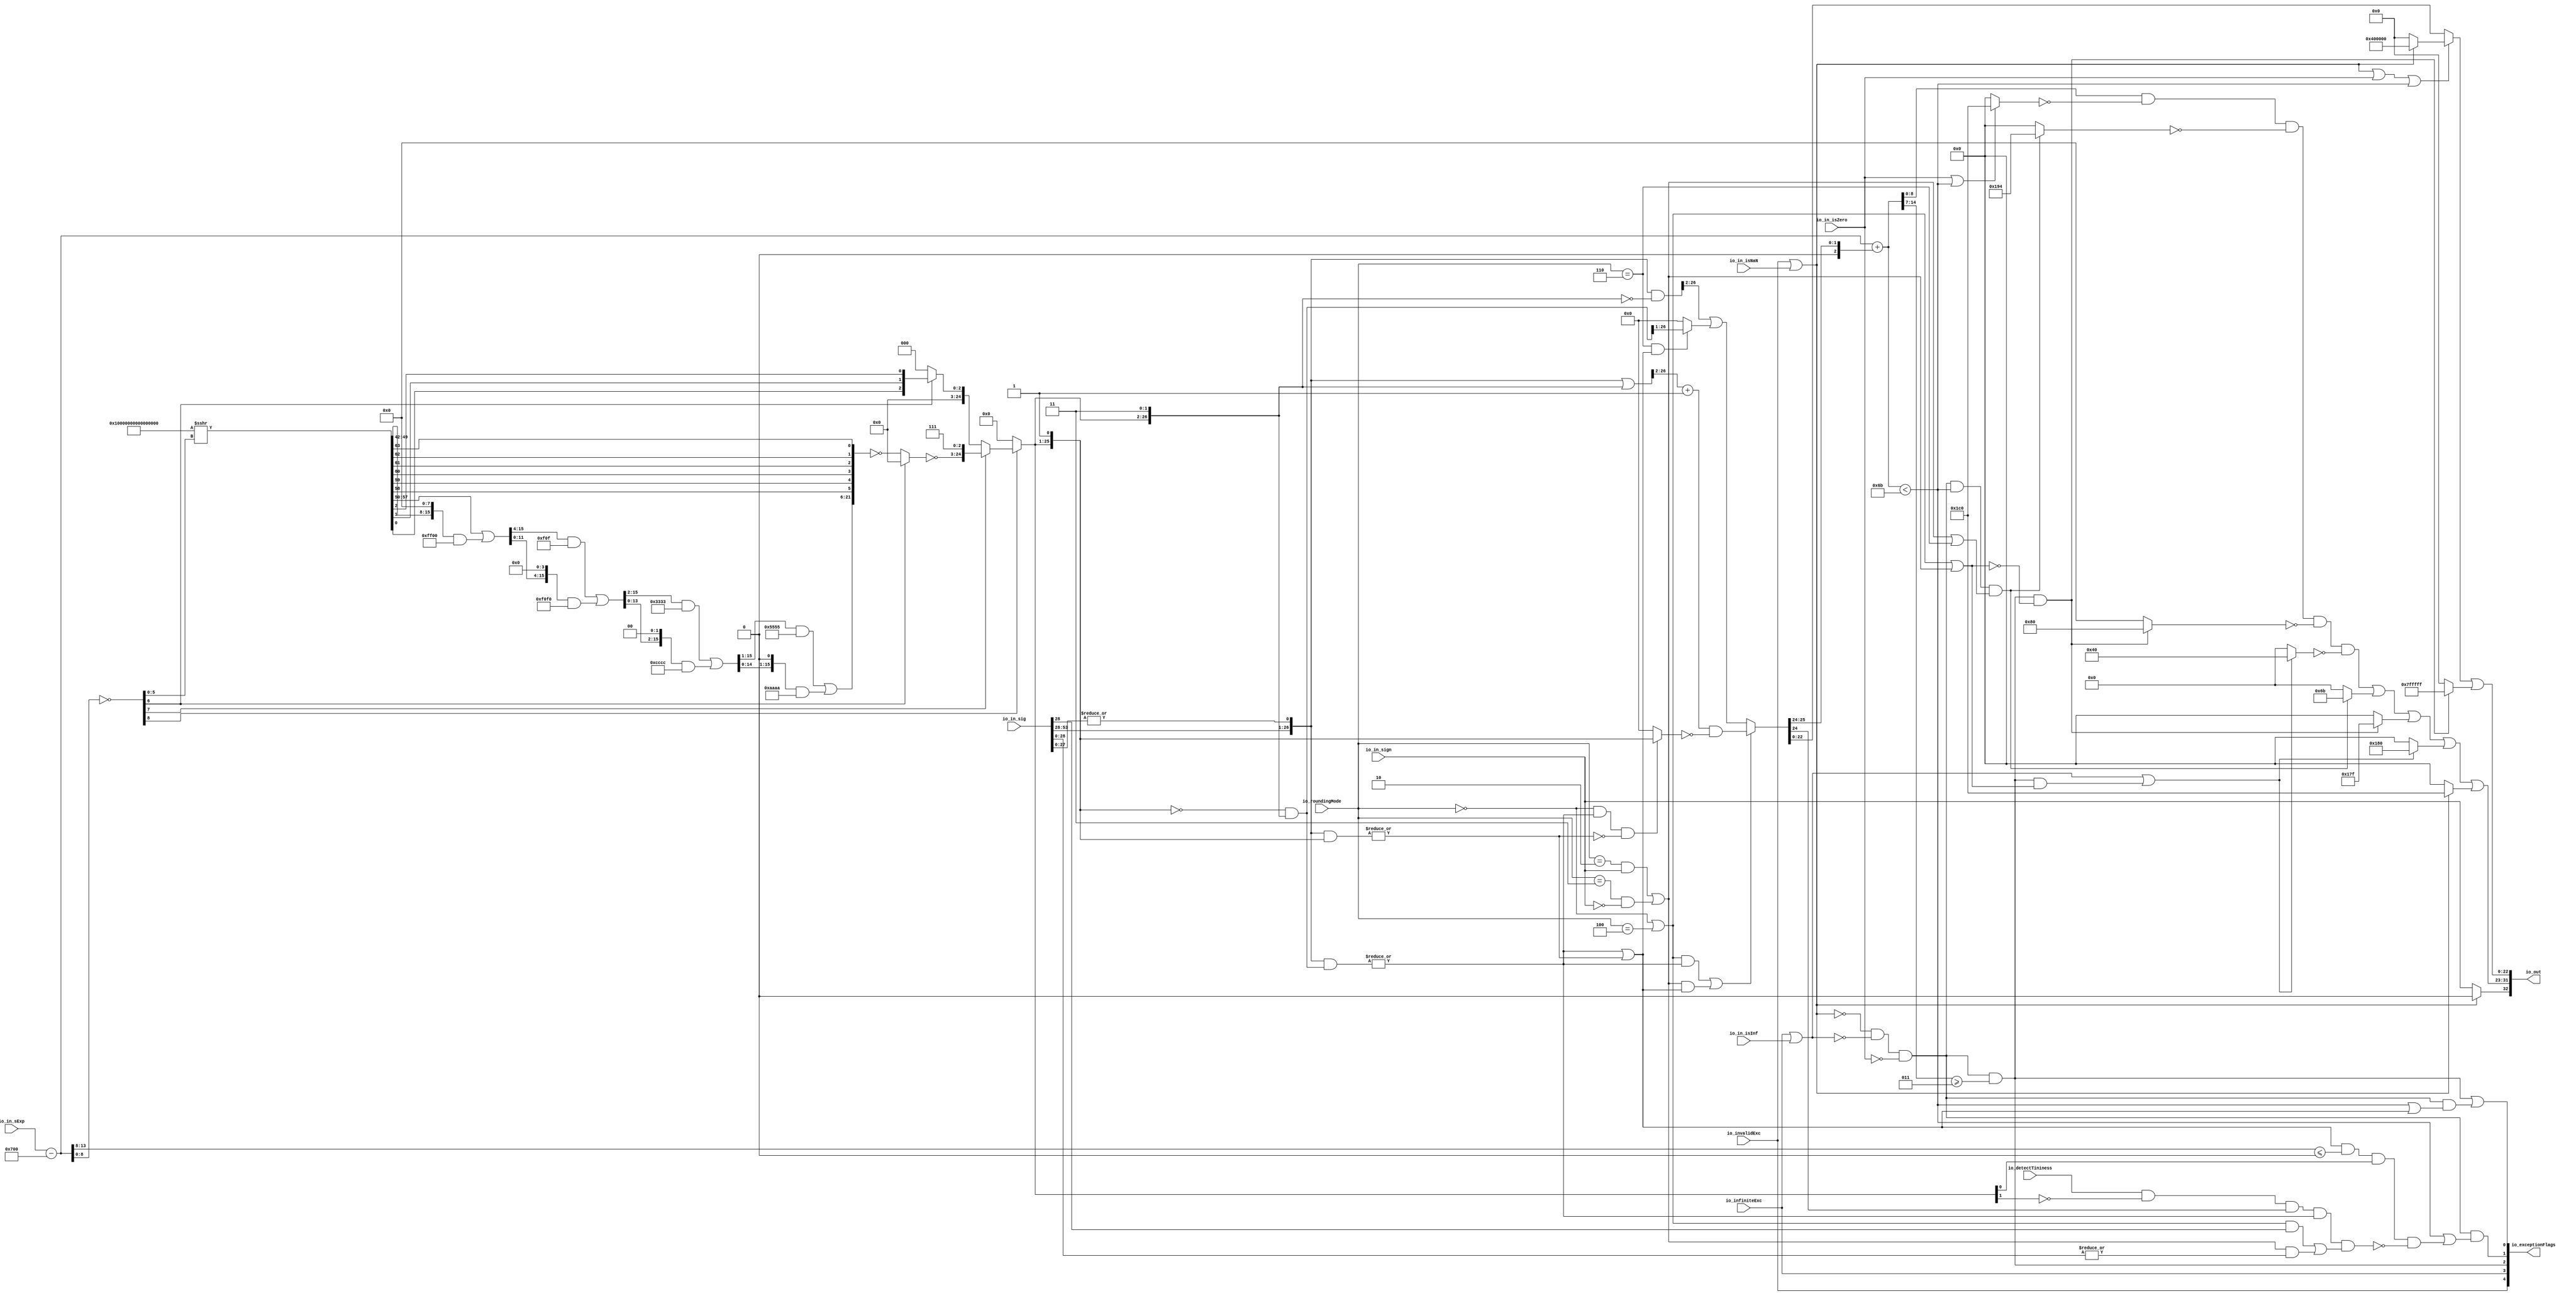
module RoundAnyRawFNToRecFN_4(
  input         io_invalidExc,
  input         io_infiniteExc,
  input         io_in_isNaN,
  input         io_in_isInf,
  input         io_in_isZero,
  input         io_in_sign,
  input  [12:0] io_in_sExp,
  input  [53:0] io_in_sig,
  input  [2:0]  io_roundingMode,
  input         io_detectTininess,
  output [32:0] io_out,
  output [4:0]  io_exceptionFlags
);
  wire  roundingMode_near_even = io_roundingMode == 3'h0; // @[RoundAnyRawFNToRecFN.scala 88:53]
  wire  roundingMode_min = io_roundingMode == 3'h2; // @[RoundAnyRawFNToRecFN.scala 90:53]
  wire  roundingMode_max = io_roundingMode == 3'h3; // @[RoundAnyRawFNToRecFN.scala 91:53]
  wire  roundingMode_near_maxMag = io_roundingMode == 3'h4; // @[RoundAnyRawFNToRecFN.scala 92:53]
  wire  roundingMode_odd = io_roundingMode == 3'h6; // @[RoundAnyRawFNToRecFN.scala 93:53]
  wire  roundMagUp = roundingMode_min & io_in_sign | roundingMode_max & ~io_in_sign; // @[RoundAnyRawFNToRecFN.scala 96:42]
  wire [13:0] sAdjustedExp = $signed(io_in_sExp) - 13'sh700; // @[RoundAnyRawFNToRecFN.scala 108:24]
  wire [25:0] adjustedSig_hi = io_in_sig[53:28]; // @[RoundAnyRawFNToRecFN.scala 114:26]
  wire  adjustedSig_lo = |io_in_sig[27:0]; // @[RoundAnyRawFNToRecFN.scala 115:60]
  wire [26:0] adjustedSig = {adjustedSig_hi,adjustedSig_lo}; // @[Cat.scala 30:58]
  wire [8:0] _roundMask_T_1 = ~sAdjustedExp[8:0]; // @[primitives.scala 51:21]
  wire  roundMask_msb = _roundMask_T_1[8]; // @[primitives.scala 57:25]
  wire [7:0] roundMask_lsbs = _roundMask_T_1[7:0]; // @[primitives.scala 58:26]
  wire  roundMask_msb_1 = roundMask_lsbs[7]; // @[primitives.scala 57:25]
  wire [6:0] roundMask_lsbs_1 = roundMask_lsbs[6:0]; // @[primitives.scala 58:26]
  wire  roundMask_msb_2 = roundMask_lsbs_1[6]; // @[primitives.scala 57:25]
  wire [5:0] roundMask_lsbs_2 = roundMask_lsbs_1[5:0]; // @[primitives.scala 58:26]
  wire [64:0] roundMask_shift = 65'sh10000000000000000 >>> roundMask_lsbs_2; // @[primitives.scala 77:58]
  wire [15:0] _roundMask_T_7 = {{8'd0}, roundMask_shift[57:50]}; // @[Bitwise.scala 103:31]
  wire [15:0] _roundMask_T_9 = {roundMask_shift[49:42], 8'h0}; // @[Bitwise.scala 103:65]
  wire [15:0] _roundMask_T_11 = _roundMask_T_9 & 16'hff00; // @[Bitwise.scala 103:75]
  wire [15:0] _roundMask_T_12 = _roundMask_T_7 | _roundMask_T_11; // @[Bitwise.scala 103:39]
  wire [15:0] _GEN_0 = {{4'd0}, _roundMask_T_12[15:4]}; // @[Bitwise.scala 103:31]
  wire [15:0] _roundMask_T_17 = _GEN_0 & 16'hf0f; // @[Bitwise.scala 103:31]
  wire [15:0] _roundMask_T_19 = {_roundMask_T_12[11:0], 4'h0}; // @[Bitwise.scala 103:65]
  wire [15:0] _roundMask_T_21 = _roundMask_T_19 & 16'hf0f0; // @[Bitwise.scala 103:75]
  wire [15:0] _roundMask_T_22 = _roundMask_T_17 | _roundMask_T_21; // @[Bitwise.scala 103:39]
  wire [15:0] _GEN_1 = {{2'd0}, _roundMask_T_22[15:2]}; // @[Bitwise.scala 103:31]
  wire [15:0] _roundMask_T_27 = _GEN_1 & 16'h3333; // @[Bitwise.scala 103:31]
  wire [15:0] _roundMask_T_29 = {_roundMask_T_22[13:0], 2'h0}; // @[Bitwise.scala 103:65]
  wire [15:0] _roundMask_T_31 = _roundMask_T_29 & 16'hcccc; // @[Bitwise.scala 103:75]
  wire [15:0] _roundMask_T_32 = _roundMask_T_27 | _roundMask_T_31; // @[Bitwise.scala 103:39]
  wire [15:0] _GEN_2 = {{1'd0}, _roundMask_T_32[15:1]}; // @[Bitwise.scala 103:31]
  wire [15:0] _roundMask_T_37 = _GEN_2 & 16'h5555; // @[Bitwise.scala 103:31]
  wire [15:0] _roundMask_T_39 = {_roundMask_T_32[14:0], 1'h0}; // @[Bitwise.scala 103:65]
  wire [15:0] _roundMask_T_41 = _roundMask_T_39 & 16'haaaa; // @[Bitwise.scala 103:75]
  wire [15:0] roundMask_hi = _roundMask_T_37 | _roundMask_T_41; // @[Bitwise.scala 103:39]
  wire  roundMask_hi_1 = roundMask_shift[58]; // @[Bitwise.scala 109:18]
  wire  roundMask_lo = roundMask_shift[59]; // @[Bitwise.scala 109:44]
  wire  roundMask_hi_3 = roundMask_shift[60]; // @[Bitwise.scala 109:18]
  wire  roundMask_lo_1 = roundMask_shift[61]; // @[Bitwise.scala 109:44]
  wire  roundMask_hi_5 = roundMask_shift[62]; // @[Bitwise.scala 109:18]
  wire  roundMask_lo_3 = roundMask_shift[63]; // @[Bitwise.scala 109:44]
  wire [21:0] _roundMask_T_47 = {roundMask_hi,roundMask_hi_1,roundMask_lo,roundMask_hi_3,roundMask_lo_1,roundMask_hi_5,
    roundMask_lo_3}; // @[Cat.scala 30:58]
  wire [21:0] _roundMask_T_48 = ~_roundMask_T_47; // @[primitives.scala 74:36]
  wire [21:0] _roundMask_T_49 = roundMask_msb_2 ? 22'h0 : _roundMask_T_48; // @[primitives.scala 74:21]
  wire [21:0] roundMask_hi_6 = ~_roundMask_T_49; // @[primitives.scala 74:17]
  wire [24:0] _roundMask_T_50 = {roundMask_hi_6,3'h7}; // @[Cat.scala 30:58]
  wire  roundMask_hi_7 = roundMask_shift[0]; // @[Bitwise.scala 109:18]
  wire  roundMask_lo_6 = roundMask_shift[1]; // @[Bitwise.scala 109:44]
  wire  roundMask_lo_7 = roundMask_shift[2]; // @[Bitwise.scala 109:44]
  wire [2:0] _roundMask_T_53 = {roundMask_hi_7,roundMask_lo_6,roundMask_lo_7}; // @[Cat.scala 30:58]
  wire [2:0] _roundMask_T_54 = roundMask_msb_2 ? _roundMask_T_53 : 3'h0; // @[primitives.scala 61:24]
  wire [24:0] _roundMask_T_55 = roundMask_msb_1 ? _roundMask_T_50 : {{22'd0}, _roundMask_T_54}; // @[primitives.scala 66:24]
  wire [24:0] roundMask_hi_9 = roundMask_msb ? _roundMask_T_55 : 25'h0; // @[primitives.scala 61:24]
  wire [26:0] roundMask = {roundMask_hi_9,2'h3}; // @[Cat.scala 30:58]
  wire [25:0] shiftedRoundMask_lo = roundMask[26:1]; // @[RoundAnyRawFNToRecFN.scala 160:57]
  wire [26:0] shiftedRoundMask = {1'h0,shiftedRoundMask_lo}; // @[Cat.scala 30:58]
  wire [26:0] _roundPosMask_T = ~shiftedRoundMask; // @[RoundAnyRawFNToRecFN.scala 161:28]
  wire [26:0] roundPosMask = _roundPosMask_T & roundMask; // @[RoundAnyRawFNToRecFN.scala 161:46]
  wire [26:0] _roundPosBit_T = adjustedSig & roundPosMask; // @[RoundAnyRawFNToRecFN.scala 162:40]
  wire  roundPosBit = |_roundPosBit_T; // @[RoundAnyRawFNToRecFN.scala 162:56]
  wire [26:0] _anyRoundExtra_T = adjustedSig & shiftedRoundMask; // @[RoundAnyRawFNToRecFN.scala 163:42]
  wire  anyRoundExtra = |_anyRoundExtra_T; // @[RoundAnyRawFNToRecFN.scala 163:62]
  wire  anyRound = roundPosBit | anyRoundExtra; // @[RoundAnyRawFNToRecFN.scala 164:36]
  wire  _roundIncr_T = roundingMode_near_even | roundingMode_near_maxMag; // @[RoundAnyRawFNToRecFN.scala 167:38]
  wire  _roundIncr_T_1 = (roundingMode_near_even | roundingMode_near_maxMag) & roundPosBit; // @[RoundAnyRawFNToRecFN.scala 167:67]
  wire  _roundIncr_T_2 = roundMagUp & anyRound; // @[RoundAnyRawFNToRecFN.scala 169:29]
  wire  roundIncr = _roundIncr_T_1 | _roundIncr_T_2; // @[RoundAnyRawFNToRecFN.scala 168:31]
  wire [26:0] _roundedSig_T = adjustedSig | roundMask; // @[RoundAnyRawFNToRecFN.scala 172:32]
  wire [25:0] _roundedSig_T_2 = _roundedSig_T[26:2] + 25'h1; // @[RoundAnyRawFNToRecFN.scala 172:49]
  wire  _roundedSig_T_4 = ~anyRoundExtra; // @[RoundAnyRawFNToRecFN.scala 174:30]
  wire [25:0] _roundedSig_T_7 = roundingMode_near_even & roundPosBit & _roundedSig_T_4 ? shiftedRoundMask_lo : 26'h0; // @[RoundAnyRawFNToRecFN.scala 173:25]
  wire [25:0] _roundedSig_T_8 = ~_roundedSig_T_7; // @[RoundAnyRawFNToRecFN.scala 173:21]
  wire [25:0] _roundedSig_T_9 = _roundedSig_T_2 & _roundedSig_T_8; // @[RoundAnyRawFNToRecFN.scala 172:61]
  wire [26:0] _roundedSig_T_10 = ~roundMask; // @[RoundAnyRawFNToRecFN.scala 178:32]
  wire [26:0] _roundedSig_T_11 = adjustedSig & _roundedSig_T_10; // @[RoundAnyRawFNToRecFN.scala 178:30]
  wire [25:0] _roundedSig_T_15 = roundingMode_odd & anyRound ? roundPosMask[26:1] : 26'h0; // @[RoundAnyRawFNToRecFN.scala 179:24]
  wire [25:0] _GEN_3 = {{1'd0}, _roundedSig_T_11[26:2]}; // @[RoundAnyRawFNToRecFN.scala 178:47]
  wire [25:0] _roundedSig_T_16 = _GEN_3 | _roundedSig_T_15; // @[RoundAnyRawFNToRecFN.scala 178:47]
  wire [25:0] roundedSig = roundIncr ? _roundedSig_T_9 : _roundedSig_T_16; // @[RoundAnyRawFNToRecFN.scala 171:16]
  wire [2:0] _sRoundedExp_T_1 = {1'b0,$signed(roundedSig[25:24])}; // @[RoundAnyRawFNToRecFN.scala 183:69]
  wire [13:0] _GEN_4 = {{11{_sRoundedExp_T_1[2]}},_sRoundedExp_T_1}; // @[RoundAnyRawFNToRecFN.scala 183:40]
  wire [14:0] sRoundedExp = $signed(sAdjustedExp) + $signed(_GEN_4); // @[RoundAnyRawFNToRecFN.scala 183:40]
  wire [8:0] common_expOut = sRoundedExp[8:0]; // @[RoundAnyRawFNToRecFN.scala 185:37]
  wire [22:0] common_fractOut = roundedSig[22:0]; // @[RoundAnyRawFNToRecFN.scala 189:27]
  wire [7:0] _common_overflow_T = sRoundedExp[14:7]; // @[RoundAnyRawFNToRecFN.scala 194:30]
  wire  common_overflow = $signed(_common_overflow_T) >= 8'sh3; // @[RoundAnyRawFNToRecFN.scala 194:50]
  wire  common_totalUnderflow = $signed(sRoundedExp) < 15'sh6b; // @[RoundAnyRawFNToRecFN.scala 198:31]
  wire  unboundedRange_roundPosBit = adjustedSig[1]; // @[RoundAnyRawFNToRecFN.scala 201:61]
  wire  unboundedRange_anyRound = |adjustedSig[1:0]; // @[RoundAnyRawFNToRecFN.scala 203:70]
  wire  _unboundedRange_roundIncr_T_1 = _roundIncr_T & unboundedRange_roundPosBit; // @[RoundAnyRawFNToRecFN.scala 205:67]
  wire  _unboundedRange_roundIncr_T_2 = roundMagUp & unboundedRange_anyRound; // @[RoundAnyRawFNToRecFN.scala 207:29]
  wire  unboundedRange_roundIncr = _unboundedRange_roundIncr_T_1 | _unboundedRange_roundIncr_T_2; // @[RoundAnyRawFNToRecFN.scala 206:46]
  wire  roundCarry = roundedSig[24]; // @[RoundAnyRawFNToRecFN.scala 211:27]
  wire [5:0] _common_underflow_T = sAdjustedExp[13:8]; // @[RoundAnyRawFNToRecFN.scala 218:48]
  wire  _common_underflow_T_6 = anyRound & $signed(_common_underflow_T) <= 6'sh0 & roundMask[2]; // @[RoundAnyRawFNToRecFN.scala 218:74]
  wire  _common_underflow_T_11 = ~roundMask[3]; // @[RoundAnyRawFNToRecFN.scala 221:34]
  wire  _common_underflow_T_12 = io_detectTininess & _common_underflow_T_11; // @[RoundAnyRawFNToRecFN.scala 220:77]
  wire  _common_underflow_T_13 = _common_underflow_T_12 & roundCarry; // @[RoundAnyRawFNToRecFN.scala 224:38]
  wire  _common_underflow_T_15 = _common_underflow_T_13 & roundPosBit & unboundedRange_roundIncr; // @[RoundAnyRawFNToRecFN.scala 225:60]
  wire  _common_underflow_T_16 = ~_common_underflow_T_15; // @[RoundAnyRawFNToRecFN.scala 220:27]
  wire  _common_underflow_T_17 = _common_underflow_T_6 & _common_underflow_T_16; // @[RoundAnyRawFNToRecFN.scala 219:76]
  wire  common_underflow = common_totalUnderflow | _common_underflow_T_17; // @[RoundAnyRawFNToRecFN.scala 215:40]
  wire  common_inexact = common_totalUnderflow | anyRound; // @[RoundAnyRawFNToRecFN.scala 228:49]
  wire  isNaNOut = io_invalidExc | io_in_isNaN; // @[RoundAnyRawFNToRecFN.scala 233:34]
  wire  notNaN_isSpecialInfOut = io_infiniteExc | io_in_isInf; // @[RoundAnyRawFNToRecFN.scala 234:49]
  wire  commonCase = ~isNaNOut & ~notNaN_isSpecialInfOut & ~io_in_isZero; // @[RoundAnyRawFNToRecFN.scala 235:61]
  wire  overflow = commonCase & common_overflow; // @[RoundAnyRawFNToRecFN.scala 236:32]
  wire  underflow = commonCase & common_underflow; // @[RoundAnyRawFNToRecFN.scala 237:32]
  wire  inexact = overflow | commonCase & common_inexact; // @[RoundAnyRawFNToRecFN.scala 238:28]
  wire  overflow_roundMagUp = _roundIncr_T | roundMagUp; // @[RoundAnyRawFNToRecFN.scala 241:60]
  wire  pegMinNonzeroMagOut = commonCase & common_totalUnderflow & (roundMagUp | roundingMode_odd); // @[RoundAnyRawFNToRecFN.scala 243:45]
  wire  pegMaxFiniteMagOut = overflow & ~overflow_roundMagUp; // @[RoundAnyRawFNToRecFN.scala 244:39]
  wire  notNaN_isInfOut = notNaN_isSpecialInfOut | overflow & overflow_roundMagUp; // @[RoundAnyRawFNToRecFN.scala 246:32]
  wire  signOut = isNaNOut ? 1'h0 : io_in_sign; // @[RoundAnyRawFNToRecFN.scala 248:22]
  wire [8:0] _expOut_T_1 = io_in_isZero | common_totalUnderflow ? 9'h1c0 : 9'h0; // @[RoundAnyRawFNToRecFN.scala 251:18]
  wire [8:0] _expOut_T_2 = ~_expOut_T_1; // @[RoundAnyRawFNToRecFN.scala 251:14]
  wire [8:0] _expOut_T_3 = common_expOut & _expOut_T_2; // @[RoundAnyRawFNToRecFN.scala 250:24]
  wire [8:0] _expOut_T_5 = pegMinNonzeroMagOut ? 9'h194 : 9'h0; // @[RoundAnyRawFNToRecFN.scala 255:18]
  wire [8:0] _expOut_T_6 = ~_expOut_T_5; // @[RoundAnyRawFNToRecFN.scala 255:14]
  wire [8:0] _expOut_T_7 = _expOut_T_3 & _expOut_T_6; // @[RoundAnyRawFNToRecFN.scala 254:17]
  wire [8:0] _expOut_T_8 = pegMaxFiniteMagOut ? 9'h80 : 9'h0; // @[RoundAnyRawFNToRecFN.scala 259:18]
  wire [8:0] _expOut_T_9 = ~_expOut_T_8; // @[RoundAnyRawFNToRecFN.scala 259:14]
  wire [8:0] _expOut_T_10 = _expOut_T_7 & _expOut_T_9; // @[RoundAnyRawFNToRecFN.scala 258:17]
  wire [8:0] _expOut_T_11 = notNaN_isInfOut ? 9'h40 : 9'h0; // @[RoundAnyRawFNToRecFN.scala 263:18]
  wire [8:0] _expOut_T_12 = ~_expOut_T_11; // @[RoundAnyRawFNToRecFN.scala 263:14]
  wire [8:0] _expOut_T_13 = _expOut_T_10 & _expOut_T_12; // @[RoundAnyRawFNToRecFN.scala 262:17]
  wire [8:0] _expOut_T_14 = pegMinNonzeroMagOut ? 9'h6b : 9'h0; // @[RoundAnyRawFNToRecFN.scala 267:16]
  wire [8:0] _expOut_T_15 = _expOut_T_13 | _expOut_T_14; // @[RoundAnyRawFNToRecFN.scala 266:18]
  wire [8:0] _expOut_T_16 = pegMaxFiniteMagOut ? 9'h17f : 9'h0; // @[RoundAnyRawFNToRecFN.scala 271:16]
  wire [8:0] _expOut_T_17 = _expOut_T_15 | _expOut_T_16; // @[RoundAnyRawFNToRecFN.scala 270:15]
  wire [8:0] _expOut_T_18 = notNaN_isInfOut ? 9'h180 : 9'h0; // @[RoundAnyRawFNToRecFN.scala 275:16]
  wire [8:0] _expOut_T_19 = _expOut_T_17 | _expOut_T_18; // @[RoundAnyRawFNToRecFN.scala 274:15]
  wire [8:0] _expOut_T_20 = isNaNOut ? 9'h1c0 : 9'h0; // @[RoundAnyRawFNToRecFN.scala 276:16]
  wire [8:0] expOut = _expOut_T_19 | _expOut_T_20; // @[RoundAnyRawFNToRecFN.scala 275:77]
  wire [22:0] _fractOut_T_2 = isNaNOut ? 23'h400000 : 23'h0; // @[RoundAnyRawFNToRecFN.scala 279:16]
  wire [22:0] _fractOut_T_3 = isNaNOut | io_in_isZero | common_totalUnderflow ? _fractOut_T_2 : common_fractOut; // @[RoundAnyRawFNToRecFN.scala 278:12]
  wire [22:0] _fractOut_T_5 = pegMaxFiniteMagOut ? 23'h7fffff : 23'h0; // @[Bitwise.scala 72:12]
  wire [22:0] fractOut = _fractOut_T_3 | _fractOut_T_5; // @[RoundAnyRawFNToRecFN.scala 281:11]
  wire [9:0] io_out_hi = {signOut,expOut}; // @[Cat.scala 30:58]
  wire [1:0] io_exceptionFlags_lo = {underflow,inexact}; // @[Cat.scala 30:58]
  wire [2:0] io_exceptionFlags_hi = {io_invalidExc,io_infiniteExc,overflow}; // @[Cat.scala 30:58]
  assign io_out = {io_out_hi,fractOut}; // @[Cat.scala 30:58]
  assign io_exceptionFlags = {io_exceptionFlags_hi,io_exceptionFlags_lo}; // @[Cat.scala 30:58]
endmodule